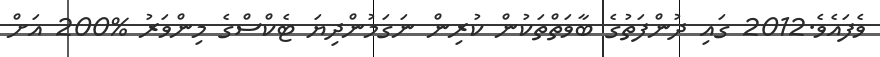
ވެފައެވެ.2012 ގައި ދުންފަތުގެ ބާވަތްތަކުން ކުރިން ނަގަމުންދިޔަ ޓެކްސްގެ މިންވަރު %200 އަށް